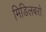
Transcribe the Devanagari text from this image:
मिडिलबरो